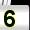
Digit: 5